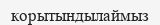
корытындылаймыз